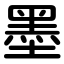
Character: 墨